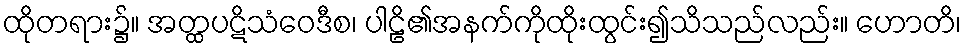
ထိုတရား၌။ အတ္ထပဋိသံဝေဒီစ၊ ပါဠိ၏အနက်ကိုထိုးထွင်း၍သိသည်လည်း။ ဟောတိ၊